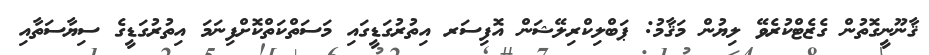
ޤާނޫނީގޮތުން ގެޒެޓްކުރެވޭ ލިޔުން މަޤާމު: ޕަބްލިކްރިލޭޝަން އޮފިސަރ އިތުރުގަޑީގައި މަސަތްކަތްކޮށްފިނަމަ އިތުރުގަޑީގެ ސިޔާސަތާއި